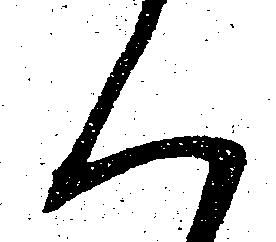
く